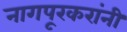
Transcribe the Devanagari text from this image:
नागपूरकरांनी